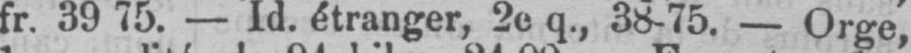
- Id. étranger, 2e q., 38-75. - Orge,